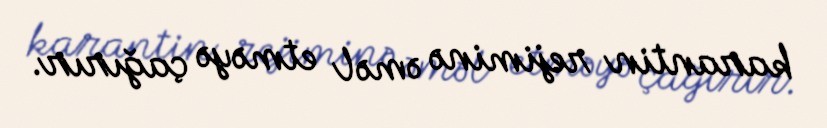
karantin rejiminə əməl etməyə çağırır.